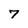
Character: 7